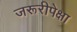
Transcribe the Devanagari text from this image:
जरूरीपेक्षा